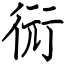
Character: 衏